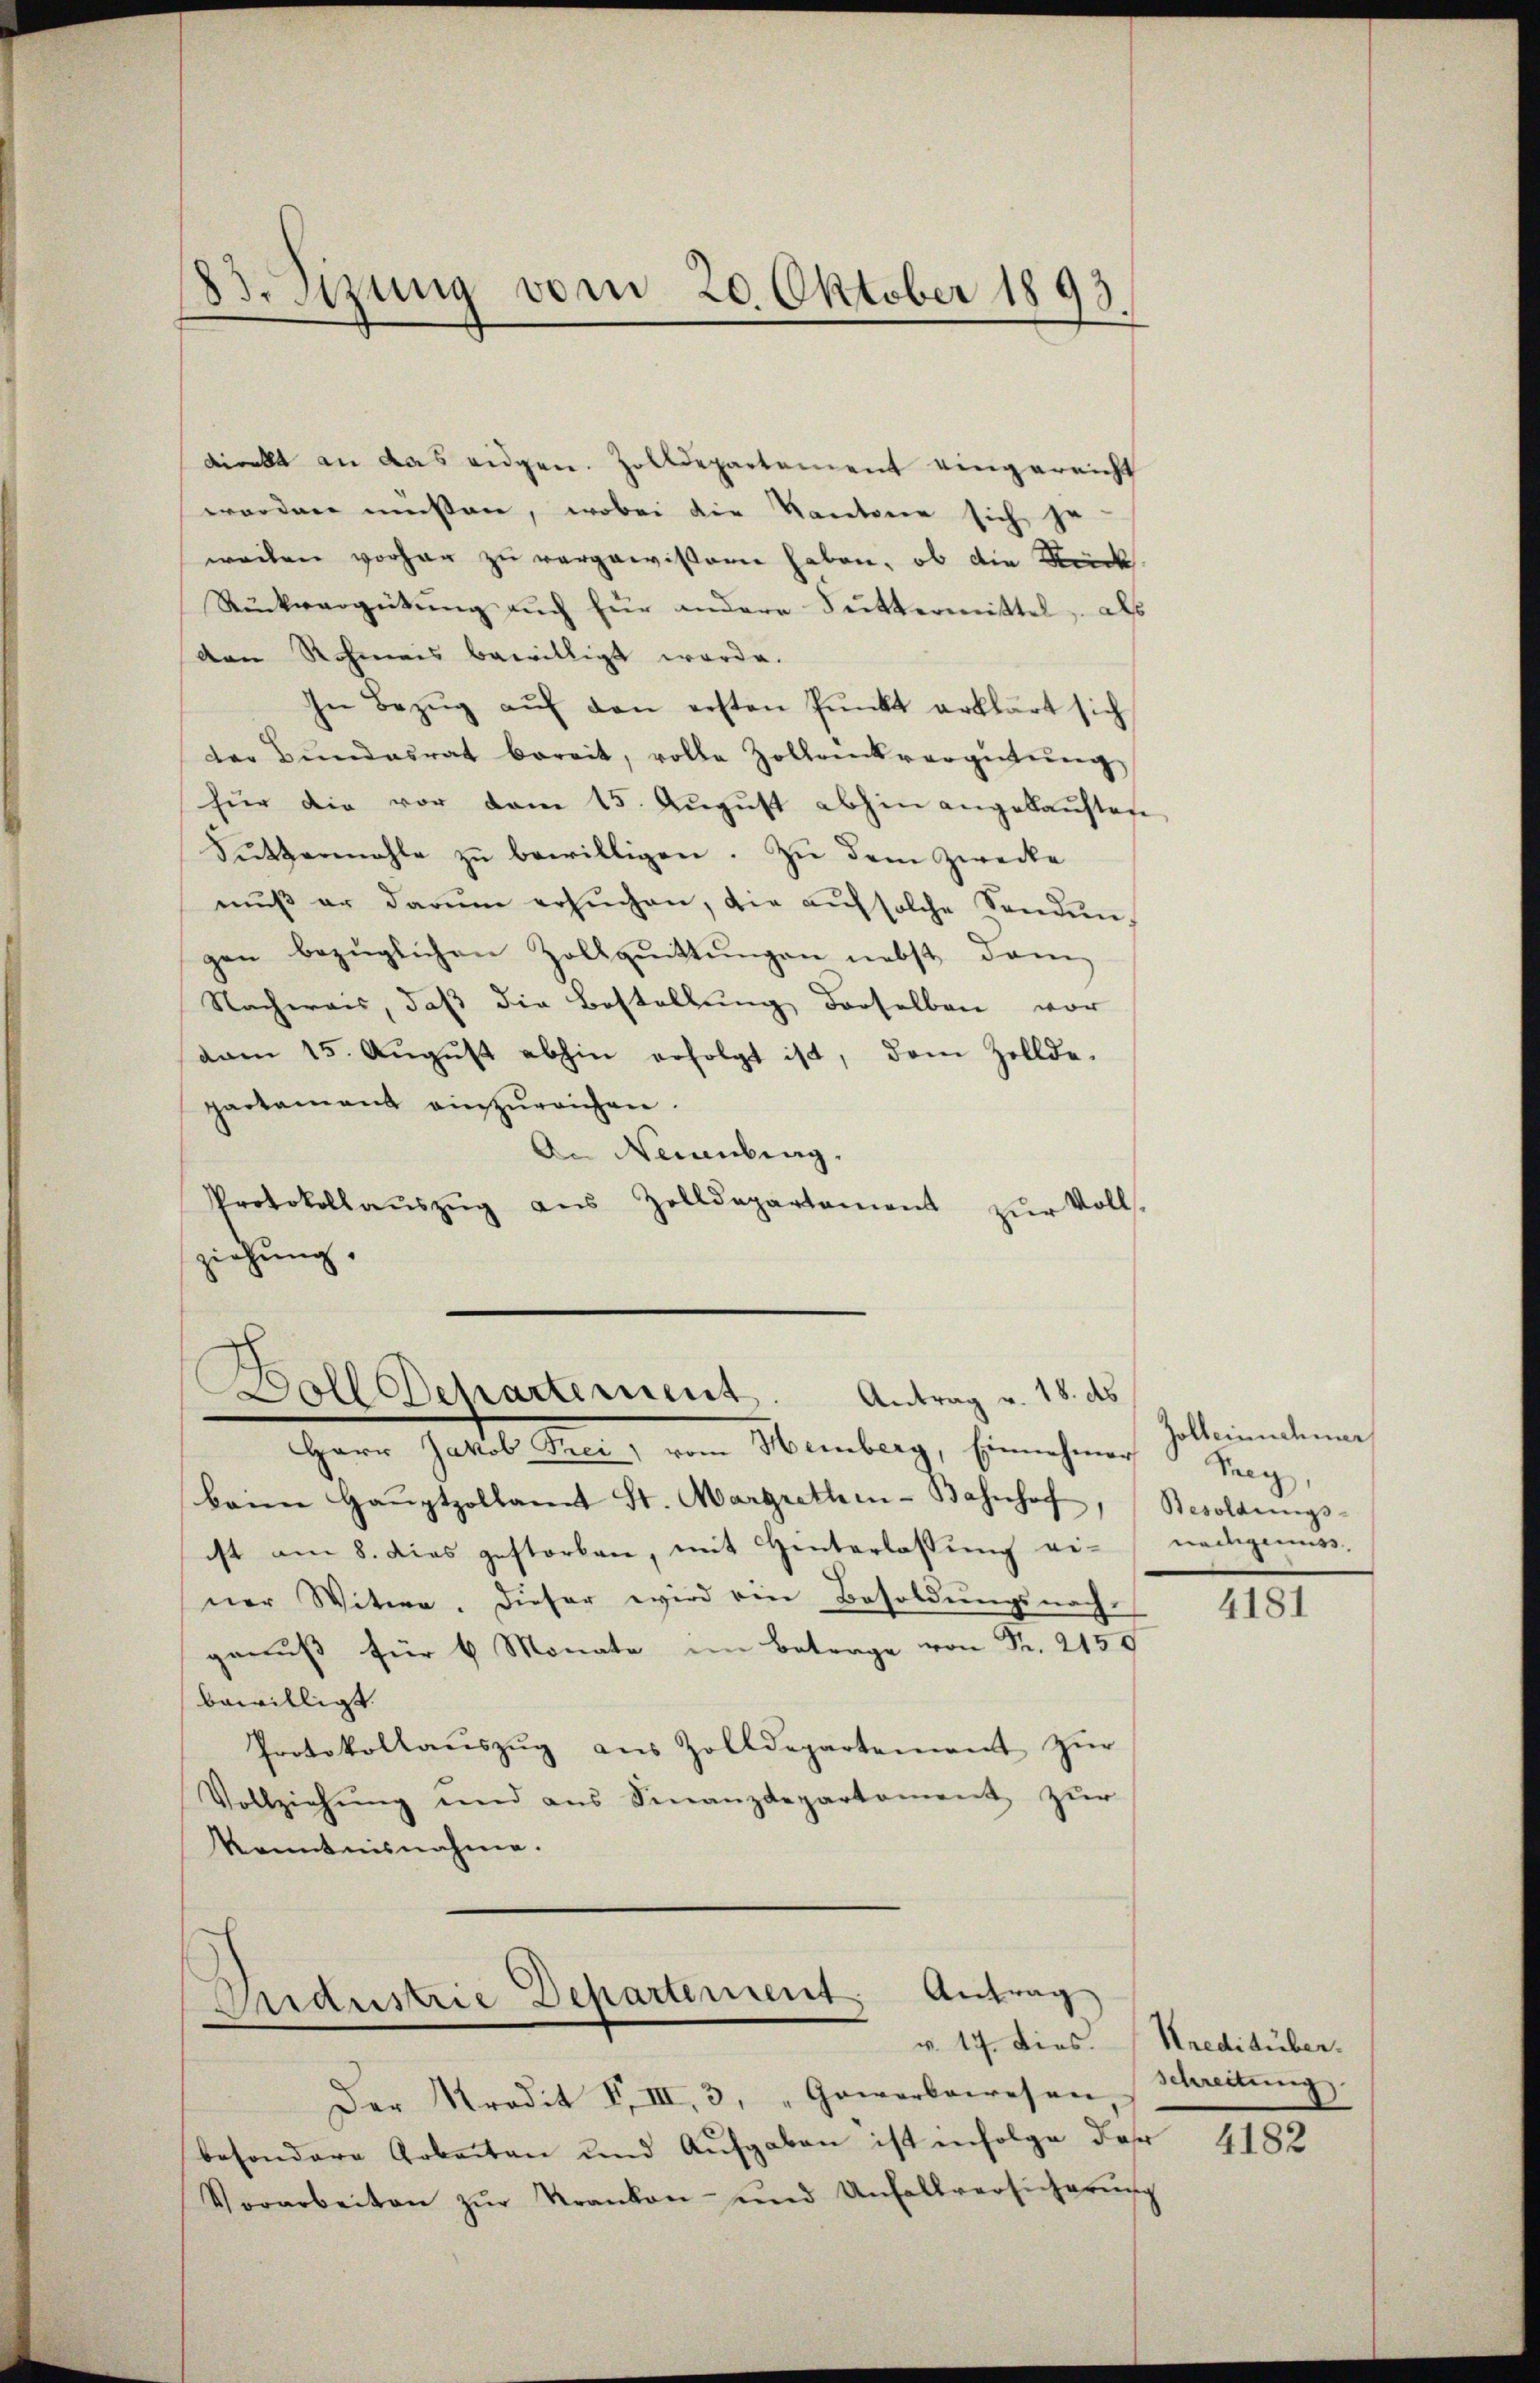
83. Sizung vom 20. Oktober 1893.

direkt an das eidgen. Zolldepartement eingereicht
worden müßen, wobei die Kantone sich je
weilen vorhan zu vergewissern haben, ob die Stück.
Rückvergütŭng aŭch für andere Futtermittel, als
dean Rohmais bewilligt werde.
In Bezŭg aŭf den ersten Pŭnkt erklärt sich
der Bŭndesrat bereit, volle Zollanckvergütŭng
für die vor dem 15. Aŭgŭst abhin angekaŭften
Suttermahle zu bewilligen. Zu dem Zwecke
mŭβ er darum ersŭchen, die aŭf solche Sonden,
gen bezüglichen Zollquittungen nebst dann
Nachweis, daß die Bestellung derselben vor
vam 15. Aŭgŭst abhin erfolgt ist, dem Zollde-
partament einzureichen.
An Neuenburg,
Protokollaŭszŭg aŭs Zolldepartement zŭr Volls-
ziehung.

Boll Departement. Antrag v. 18. ds

Herr Jakob Frei, vom Hemberg, Einnehmer Seg
kain Haŭptzollamt St. Margrethen-Bahnhof,
ist am 8. dies gestorben, mit Hinterlassung ei-
ner Witwe. Dieser wird ein Besoldungsnach
genŭβ für 6 Monate im Betrage von Fr. 2150
bewilligt.
Protokollaŭszŭg aŭs Zolldepartement zŭr
Vollziehŭng und ans Finanzdepartament zŭr
Kenntnisnahme.

Aidustrie Departement. Antrag

Der Kredit I. III, 3, "Gowerbewesen, Hereitŭng
besondere Arbeiten und Aufgaben ist infolge der
Vorarbeiten zŭr Kranken- und Unfallversicherŭng

Zolbeinnehmer
Besoldungs-
nadigenuss.

4181

v. 17. Fies. Kreditüber.

4182